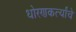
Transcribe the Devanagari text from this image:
धोरणकर्त्यांचे